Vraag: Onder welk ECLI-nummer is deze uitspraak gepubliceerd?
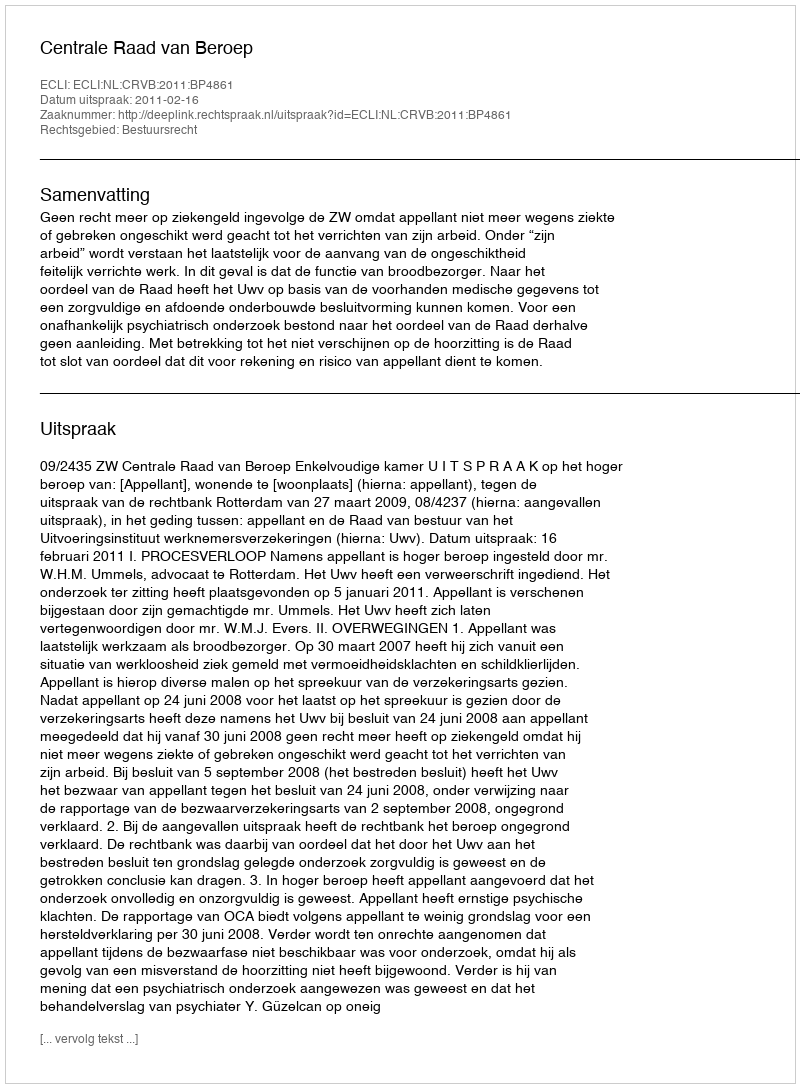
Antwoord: ECLI:NL:CRVB:2011:BP4861